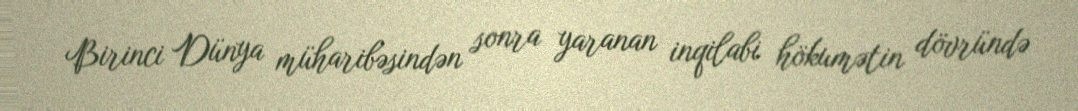
Birinci Dünya müharibəsindən sonra yaranan inqilabi hökumətin dövründə